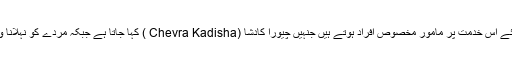
یہاں مردے کی سفر آخرت کی تیاری کیلئے اس خدمت پر مامور مخصوص افراد ہوتے ہیں جنہیں چیورا کادشا (Chevra Kadisha ) کہا جاتا ہے جبکہ مردے کو نہلانا و تجہیز و تکفین کا عمل طہارہ کہلاتا ہے۔